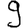
Digit: 9